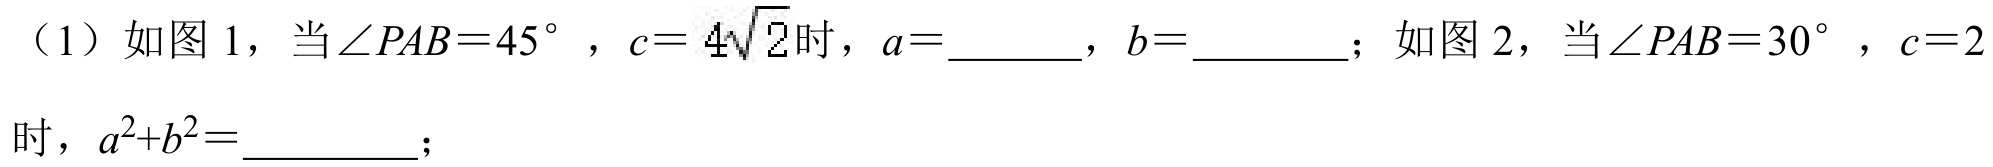
（1）如图 1，当\(\angle PAB = 45^{\circ}\)，\(c = 4\sqrt{2}\)时，\(a = \underline{\quad\quad}\)，\(b = \underline{\quad\quad}\)；如图 2，当\(\angle PAB = 30^{\circ}\)，\(c = 2\)
时，\(a^{2}+b^{2}=\underline{\quad\quad}\)；